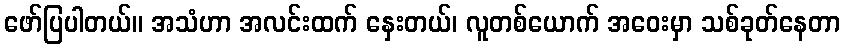
ဖော်ပြပါတယ်။ အသံဟာ အလင်းထက် နှေးတယ်၊ လူတစ်ယောက် အဝေးမှာ သစ်ခုတ်နေတာ